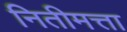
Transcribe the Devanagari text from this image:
नितीमत्ता